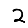
Digit: 2